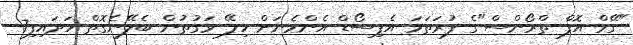
"ގޭމް އޮފް ތްރޯންސް"ގެ ފުރަތަމަ އެޕިސޯޑް އެންމެނަށް ހިލޭ ވަގުތުން ބެލޭނެގޮތް ހަދައިފި7